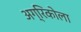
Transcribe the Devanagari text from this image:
अग्रिकोला